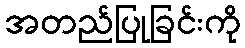
အတည်ပြုခြင်းကို